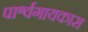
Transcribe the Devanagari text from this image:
पार्श्वगायकास